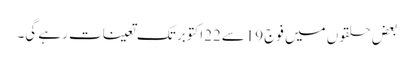
بعض حلقوں میں فوج 19سے22اکتوبر تک تعینات رہے گی۔